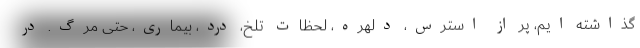
گذاشته ایم، پر از استرس، دلهره، لحظات تلخ، درد، بیماری، حتی مرگ. در